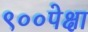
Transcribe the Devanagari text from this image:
९००पेक्षा